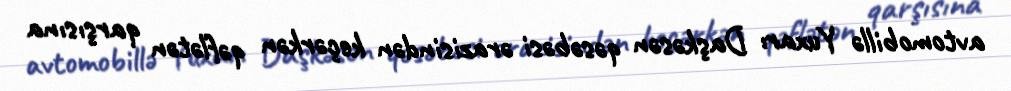
avtomobillə Yuxarı Daşkəsən qəsəbəsi ərazisindən keçərkən qəflətən qarşısına